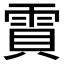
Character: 𮦒